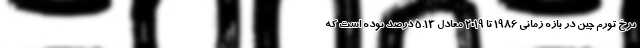
نرخ تورم چین در بازه زمانی ۱۹۸۶ تا ۲۰۱۹ معادل ۵.۱۳ درصد بوده است که